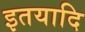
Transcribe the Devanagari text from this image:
इतयादि